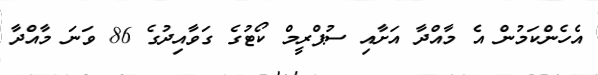
އެހެންކަމުން އެ މާއްދާ އަށާއި ސުޕްރީމް ކޯޓުގެ ގަވާއިދުގެ 86 ވަނަ މާއްދާ